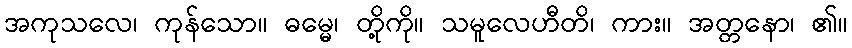
အကုသလေ၊ ကုန်သော။ ဓမ္မေ၊ တို့ကို။ သမူလေဟီတိ၊ ကား။ အတ္တနော၊ ၏။